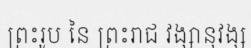
ព្រះរូប នៃ ព្រះរាជ វង្សានុវង្ស